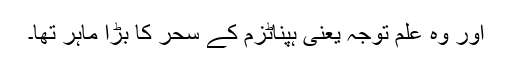
اور وہ علم توجہ یعنی ہپناٹزم کے سحر کا بڑا ماہر تھا۔